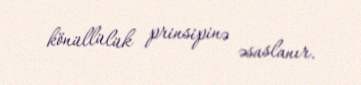
könüllülük prinsipinə əsaslanır.